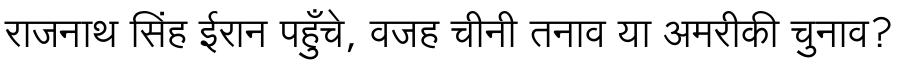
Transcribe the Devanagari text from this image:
राजनाथ सिंह ईरान पहुँचे, वजह चीनी तनाव या अमरीकी चुनाव?